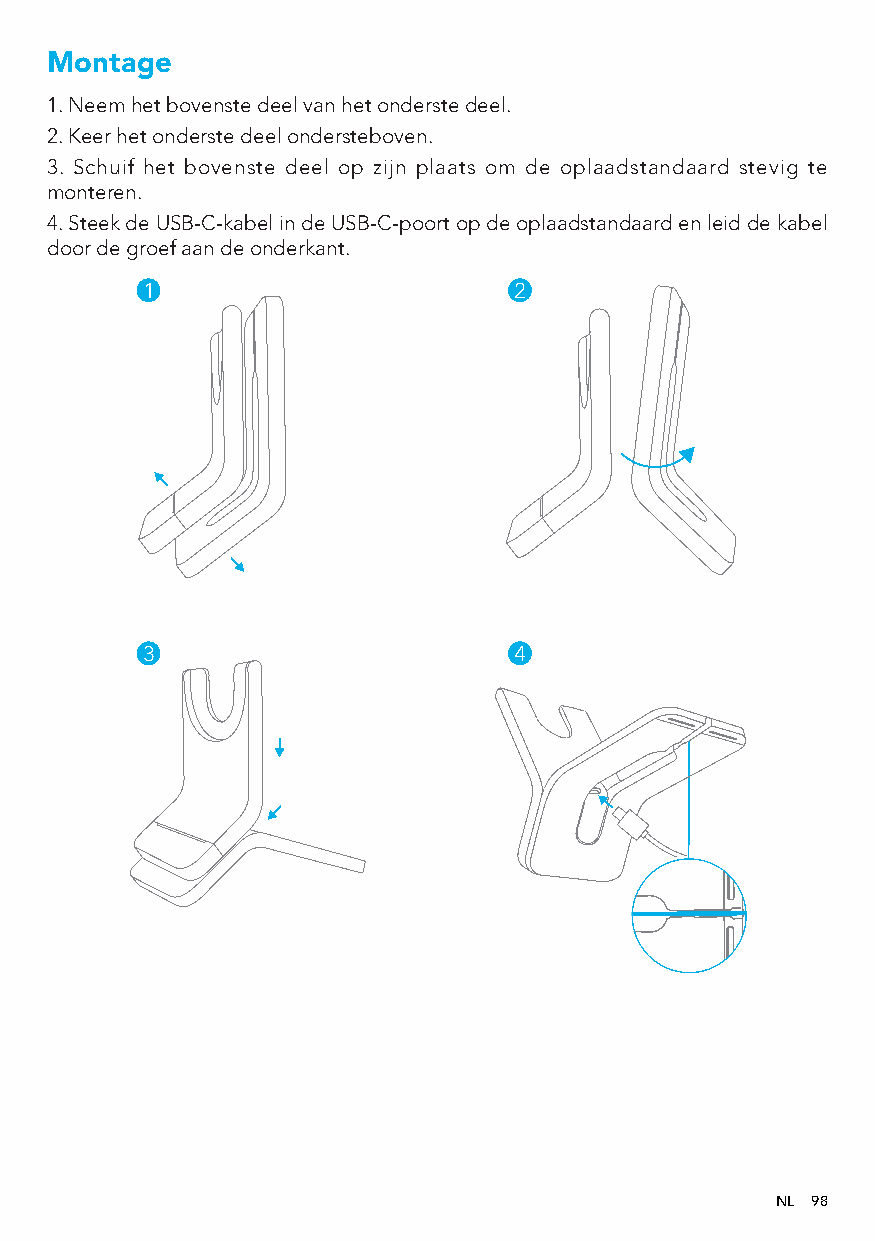
Montage
 1. Neem het bovenste deel van het onderste deel.
 2. Keer het onderste deel ondersteboven.
 3. Schuif het bovenste deel op zijn plaats om de oplaadstandaard stevig te
 monteren.
 4. Steek de USB-C-kabel in de USB-C-poort op de oplaadstandaard en leid de kabel
 door de groef aan de onderkant.
 1                        2
 3                        4
 NL 98